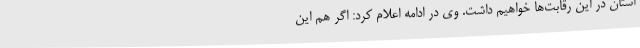
استان در این رقابت‌ها خواهیم داشت. وی در ادامه اعلام کرد: اگر هم این